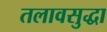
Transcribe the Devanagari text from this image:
तलावसुद्धा